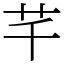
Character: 芊